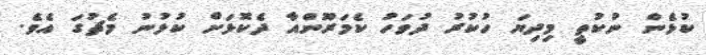
ކުޅެން ނުކުތީ މިދިޔަ ހުކުރު ދުވަހު ކެމަރޫންއާ ދެކޮޅަށް ކުޅުނު މެޗުގަ އެވެ.